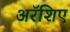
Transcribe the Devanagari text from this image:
अरॅशिए